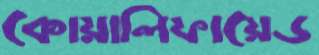
কোয়ালিফায়েড